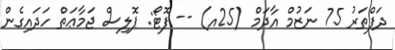
ދަފްތަރު 75 ނަޒުމް އާދަމް (25އ) -- ފޮޓޯ: ޕޮލިސް ޖަމާޢަތް ހަދައިގެން